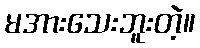
မအားသေးဘူးတဲ့။